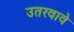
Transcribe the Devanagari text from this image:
उतरवावे